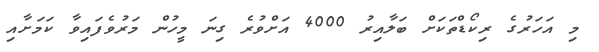
މި އަހަރުގެ ރިކޯޑްތަކަށް ބަލާއިރު 4000 އަށްވުރެ ގިނަ މީހުން މަރުވެފައިވާ ކަމަށާއި